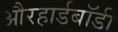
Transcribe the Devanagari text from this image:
औरहार्डबॉडी